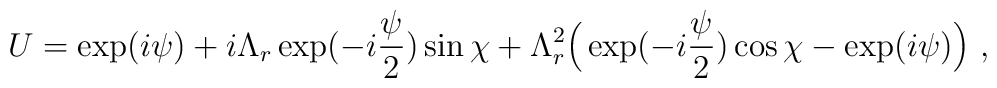
U=\exp(i\psi) + i \Lambda_r \exp(-i\frac{\psi}{2})\sin\chi + \Lambda_r^2 \Bigr(                 \exp(-i\frac{\psi}{2}) \cos\chi - \exp(i\psi) \Bigr)\ ,